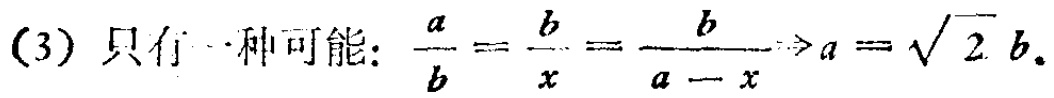
(3) 只有一种可能: $\frac{a}{b}=\frac{b}{x}=\frac{b}{a - x}\Rightarrow a = \sqrt{2}b$.